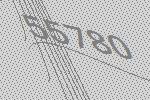
55780